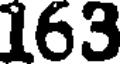
163